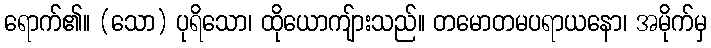
ရောက်၏။ (သော) ပုရိသော၊ ထိုယောကျ်ားသည်။ တမောတမပရာယနော၊ အမိုက်မှ